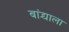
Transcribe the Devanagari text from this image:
बांद्र्याला